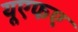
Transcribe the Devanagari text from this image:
यूएफए